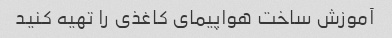
آموزش ساخت هواپیمای کاغذی را تهیه کنید